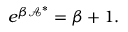
e ^ { \beta \mathcal { A } ^ { \ast } } = \beta + 1 .